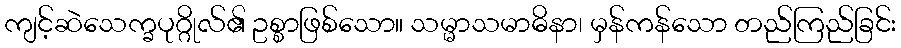
ကျင့်ဆဲသေက္ခပုဂ္ဂိုလ်၏ ဥစ္စာဖြစ်သော။ သမ္မာသမာဓိနာ၊ မှန်ကန်သော တည်ကြည်ခြင်း